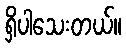
ရှိပါသေးတယ်။